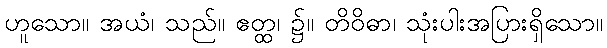
ဟူသော။ အယံ၊ သည်။ ဧတ္ထ၊ ၌။ တိဝိဓာ၊ သုံးပါးအပြားရှိသော။